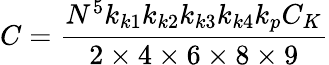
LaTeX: C=\frac{N^{5}k_{k1}k_{k2}k_{k3}k_{k4}k_{p}C_{K}}{2\times 4\times 6\times 8\times 9}